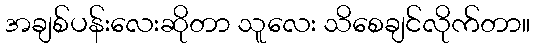
အချစ်ပန်းလေးဆိုတာ သူလေး သိစေချင်လိုက်တာ။